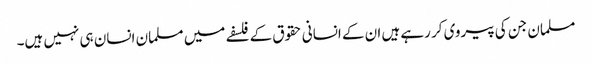
مسلمان جن کی پیروی کر رہے ہیں ان کے انسانی حقوق کے فلسفے میں مسلمان انسان ہی نہیں ہیں۔